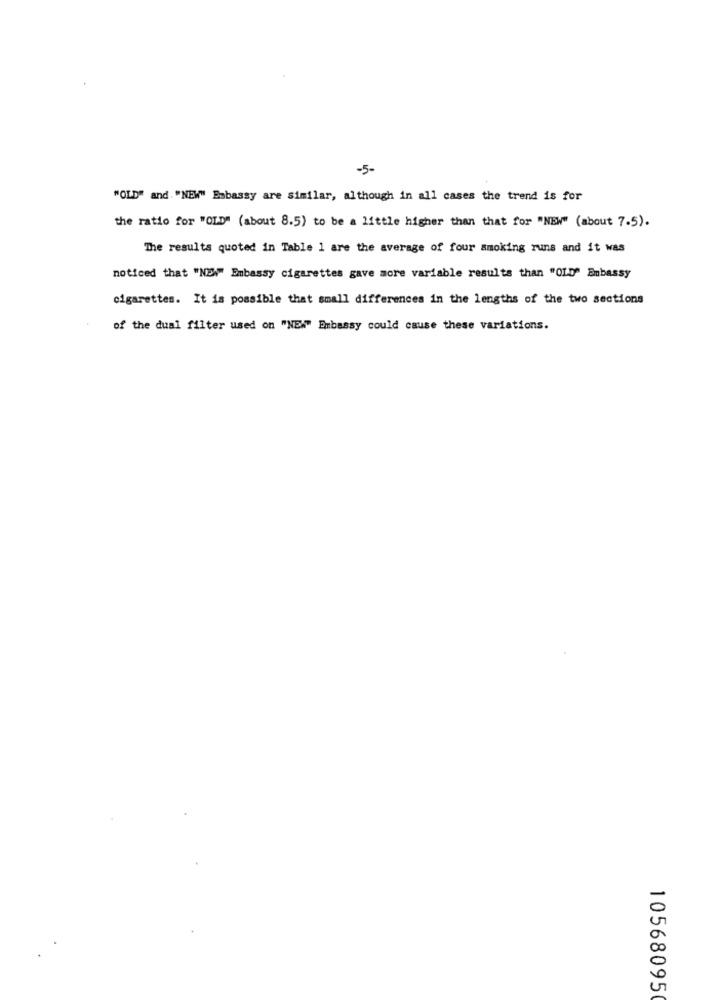
-5-
"OLD" and. "NEW" Embassy are similar, although in all cases the trend is for
the ratio for "OLD" (about 8.5) to be a little higher than that for "NEW" (about 7.5).
The results quoted in Table 1 are the average of four smoking runs and it was
noticed that "NEW" Embassy cigarettes gave more variable results than "OLD" Embassy
cigarettes. It is possible that small differences in the lengths of the two sections
of the dual filter used on "NEW" Embassy could cause these variations.
10568095